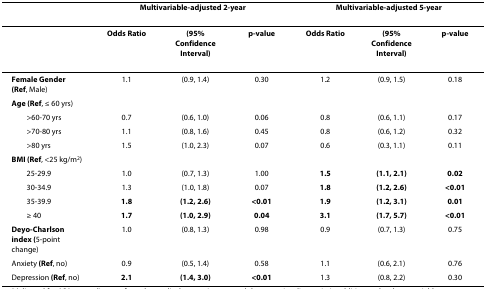
<table><thead><tr><td></td><td colspan="3"><b>Multivariable-adjusted 2-year</b></td><td colspan="3"><b>Multivariable-adjusted 5-year</b></td></tr></thead><tbody><tr><td></td><td><b>Odds Ratio</b></td><td><b>(95% Confidence Interval)</b></td><td><b>p-value</b></td><td><b>Odds Ratio</b></td><td><b>(95% Confidence Interval)</b></td><td><b>p-value</b></td></tr><tr><td><b>Female Gender (Ref</b>, Male)</td><td>1.1</td><td>(0.9, 1.4)</td><td>0.30</td><td>1.2</td><td>(0.9, 1.5)</td><td>0.18</td></tr><tr><td><b>Age (Ref</b>, ≤ 60 yrs)</td><td></td><td></td><td></td><td></td><td></td><td></td></tr><tr><td> &gt;60-70 yrs</td><td>0.7</td><td>(0.6, 1.0)</td><td>0.06</td><td>0.8</td><td>(0.6, 1.1)</td><td>0.17</td></tr><tr><td> &gt;70-80 yrs</td><td>1.1</td><td>(0.8, 1.6)</td><td>0.45</td><td>0.8</td><td>(0.6, 1.2)</td><td>0.32</td></tr><tr><td> &gt;80 yrs</td><td>1.5</td><td>(1.0, 2.3)</td><td>0.07</td><td>0.6</td><td>(0.3, 1.1)</td><td>0.11</td></tr><tr><td><b>BMI (Ref</b>, &lt;25 kg/m<sup>2</sup>)</td><td></td><td></td><td></td><td></td><td></td><td></td></tr><tr><td> 25-29.9</td><td>1.0</td><td>(0.7, 1.3)</td><td>1.00</td><td><b>1.5</b></td><td><b>(1.1, 2.1)</b></td><td><b>0.02</b></td></tr><tr><td> 30-34.9</td><td>1.3</td><td>(1.0, 1.8)</td><td>0.07</td><td><b>1.8</b></td><td><b>(1.2, 2.6)</b></td><td><b>&lt;0.01</b></td></tr><tr><td> 35-39.9</td><td><b>1.8</b></td><td><b>(1.2, 2.6)</b></td><td><b>&lt;0.01</b></td><td><b>1.9</b></td><td><b>(1.2, 3.1)</b></td><td><b>0.01</b></td></tr><tr><td> ≥ 40</td><td><b>1.7</b></td><td><b>(1.0, 2.9)</b></td><td><b>0.04</b></td><td><b>3.1</b></td><td><b>(1.7, 5.7)</b></td><td><b>&lt;0.01</b></td></tr><tr><td><b>Deyo-Charlson index (</b>5-point change)</td><td>1.0</td><td>(0.8, 1.3)</td><td>0.98</td><td>0.9</td><td>(0.7, 1.3)</td><td>0.75</td></tr><tr><td>Anxiety <b>(Ref</b>, no)</td><td>0.9</td><td>(0.5, 1.4)</td><td>0.58</td><td>1.1</td><td>(0.6, 2.1)</td><td>0.76</td></tr><tr><td>Depression <b>(Ref</b>, no)</td><td><b>2.1</b></td><td><b>(1.4, 3.0)</b></td><td><b>&lt;0.01</b></td><td>1.3</td><td>(0.8, 2.2)</td><td>0.30</td></tr></tbody></table>